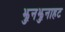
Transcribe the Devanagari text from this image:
झुनझुनाहट